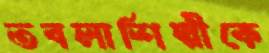
তবলাশিল্পীকে